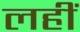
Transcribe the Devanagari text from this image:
लहीं